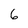
Character: 6